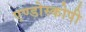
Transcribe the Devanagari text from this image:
एण्डोस्कोपी